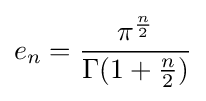
e_{n}={\frac {\pi ^{\frac {n}{2}}}{\Gamma (1+{\frac {n}{2}})}}